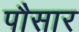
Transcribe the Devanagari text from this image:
पौसार